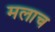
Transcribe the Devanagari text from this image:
मलाच